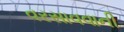
વરસાવવાની